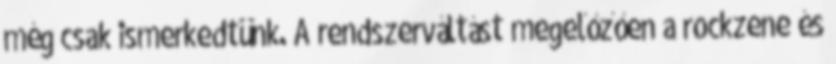
még csak ismerkedtünk. A rendszerváltást megelőzően a rockzene és